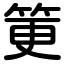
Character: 筻